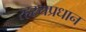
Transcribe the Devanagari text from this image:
रहस्यप्रधान